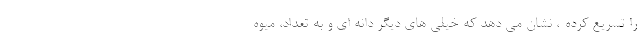
را تسریع کرده-، نشان می دهد که خیلی های دیگر دانه ای و به تعداد، میوه